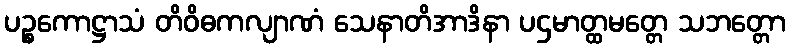
ပဉ္စကောဋ္ဌာသံ တိဝိဓကလျာဏံ သေနာတိအာဒိနာ ပဌမာတ္ထမတ္တေ သဘတ္တော